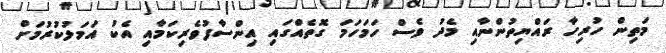
މަތިން ހުރިހާ ރައްޔިތުންނާއި މެދު ވެސް ހަމަހަމަ ގޮތެއްގައި އިންސާފުވެރިކަމާއި އެކު އަމަލުކުރުމަށް